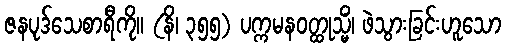
ဇနပုဒ်သေစာရီကို။ (နိ၊ ၃၅၅) ပက္ကမနဝတ္ထုသ္မိံ၊ ဖဲသွားခြင်းဟူသော